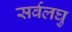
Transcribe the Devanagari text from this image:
सर्वलघु